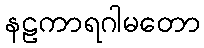
နဠကာရဂါမတော